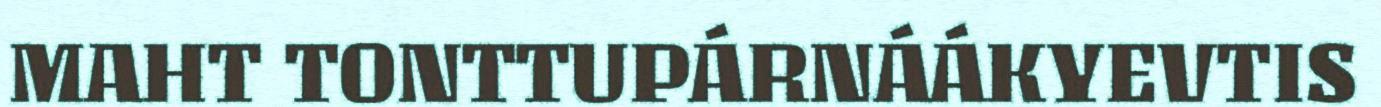
MAHT TONTTUPÁRNÁÁKYEVTIS